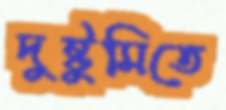
দুষ্টুমিতে